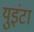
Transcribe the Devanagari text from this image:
युइंटा